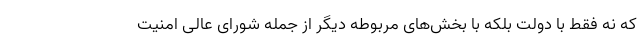
که نه فقط با دولت بلکه با بخش‌های مربوطه دیگر از جمله شورای عالی امنیت